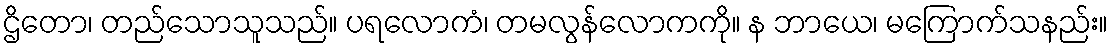
ဌိတော၊ တည်သောသူသည်။ ပရလောကံ၊ တမလွန်လောကကို။ န ဘာယေ၊ မကြောက်သနည်း။